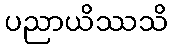
ပညာယိဿသိ